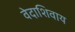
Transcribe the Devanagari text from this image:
वेदाशिवाय